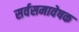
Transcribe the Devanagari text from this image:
सर्वसमावेषक